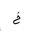
Letter: _kha